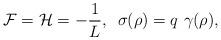
LaTeX: \begin{align*}{\cal F} = {\cal H}= -\frac{1}{L} ,\,\,\, \sigma(\rho) = q~\gamma(\rho),\end{align*}